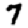
Digit: 7